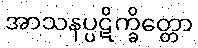
အာသနပ္ပဋိက္ခိတ္တော